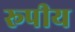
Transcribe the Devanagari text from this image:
रूपीय